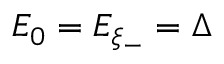
E _ { 0 } = E _ { \xi _ { - } } = \Delta